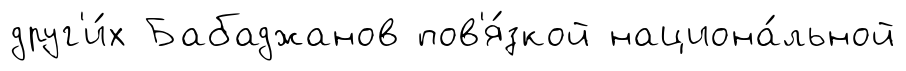
друг'и́х Бабаджанов пов'я́зкой национа́льной